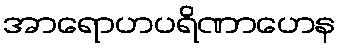
အာရောဟပရိဏာဟေန